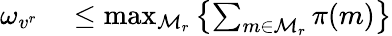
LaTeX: \begin{array}{rl}{\omega_{v^{r}}}&{{}\leq\operatorname*{max}_{\mathcal{M}_{r}}\left\{ \sum_{m\in\mathcal{M}_{r}}\pi(m)\right\} }\end{array}